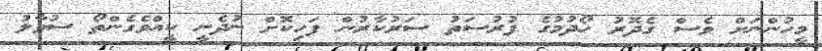
މީހުންނަށް ވެސް ގެދޮރު ހޯދުމުގެ ފުރުސަތު ސަރުކާރުން ފަހިކޮށް ނުދެނީ ކީއްވެގެންތޯ ސުވާލު